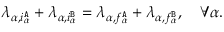
\lambda _ { \alpha , i _ { \alpha } ^ { \tt A } } + \lambda _ { \alpha , i _ { \alpha } ^ { \tt B } } = \lambda _ { \alpha , f _ { \alpha } ^ { \tt A } } + \lambda _ { \alpha , f _ { \alpha } ^ { \tt B } } , \quad \forall \alpha .